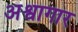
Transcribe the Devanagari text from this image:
अश्वागार